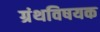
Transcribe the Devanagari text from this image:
ग्रंथविषयक